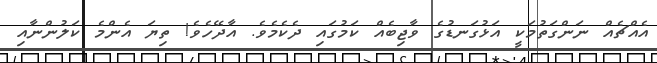
އެއްޗެއް ނަންގަތުމަކީ އަޅުގަނޑުގެ ވާޖިބެއް ކަމުގައި ދެކެމެވެ. އާދޭހެވެ! ތިޔަ އެންމެ ކަލުންނާއި